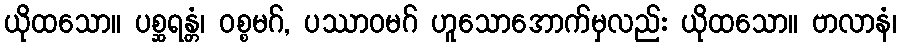
ယိုထသော။ ပစ္ဆရန္တံ၊ ဝစ္စမဂ်, ပဿာဝမဂ် ဟူသောအောက်မှလည်း ယိုထသော။ ဗာလာနံ၊